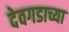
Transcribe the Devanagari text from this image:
देवगडाच्या